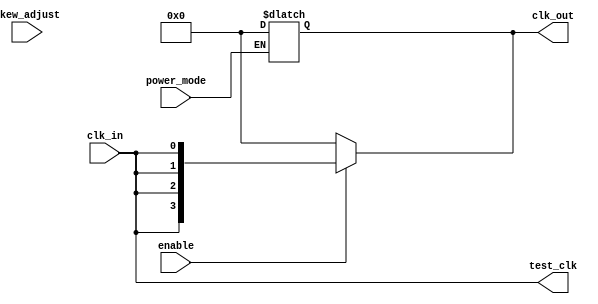
module skew_optimized_clock_buffer (
    input wire clk_in,               // Input clock signal
    input wire enable,               // Enable signal for outputs
    input wire [3:0] skew_adjust,    // Skew adjustment control
    input wire power_mode,           // Power mode control
    output wire [3:0] clk_out,       // Output clock signals
    output wire test_clk              // Test point for monitoring
);

    // Parameters for delay elements
    parameter DELAY_UNIT = 1; // Base delay unit in ns
    parameter MAX_DELAY = 15;  // Maximum delay in ns

    // Internal signals
    reg [3:0] clk_delayed;       // Delayed clock signals
    reg [3:0] clk_out_reg;       // Output register for clock signals

    // Input buffering stage
    wire clk_buf;
    assign clk_buf = clk_in; // Simple buffering, can be enhanced with additional logic

    // Skew optimization logic
    always @(*) begin
        // Adjust the clock signals based on skew_adjust input
        clk_delayed[0] = clk_buf; // No delay for first output
        clk_delayed[1] = #(DELAY_UNIT * skew_adjust[0]) clk_buf; // Adjusted delay for second output
        clk_delayed[2] = #(DELAY_UNIT * skew_adjust[1]) clk_buf; // Adjusted delay for third output
        clk_delayed[3] = #(DELAY_UNIT * skew_adjust[2]) clk_buf; // Adjusted delay for fourth output
    end

    // Output stage with enable control
    always @(*) begin
        if (enable) begin
            clk_out_reg = clk_delayed; // Pass the delayed clock signals to output
        end else begin
            clk_out_reg = 4'b0000; // Disable outputs
        end
    end

    // Assign outputs
    assign clk_out = clk_out_reg;

    // Test point for monitoring skew
    assign test_clk = clk_buf; // Directly connect input clock for testing

    // Power management logic
    always @(*) begin
        if (power_mode) begin
            // Low power mode: Disable all outputs
            clk_out_reg = 4'b0000;
        end
    end

endmodule